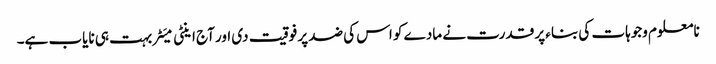
نامعلوم وجوہات کی بناء پر قدرت نے مادے کو اس کی ضد پر فوقیت دی اور آج اینٹی میَٹر بہت ہی نایاب ہے۔